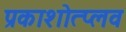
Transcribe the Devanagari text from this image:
प्रकाशोत्प्लव